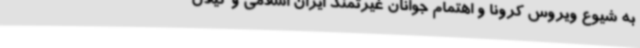
به شیوع ویروس کرونا و اهتمام جوانان غیرتمند ایران اسلامی و گیلان